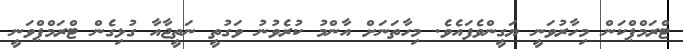
ޓްރަމްޕްކަން މިހާރުވަނީ ޔަގީންވެފައެވެ. މިހާތަނަށް އާންމު ކުރެވުނު ވަގުތީ ނަތީޖާއާ ގުޅިގެން ޓްރަމްޕްވަނީ